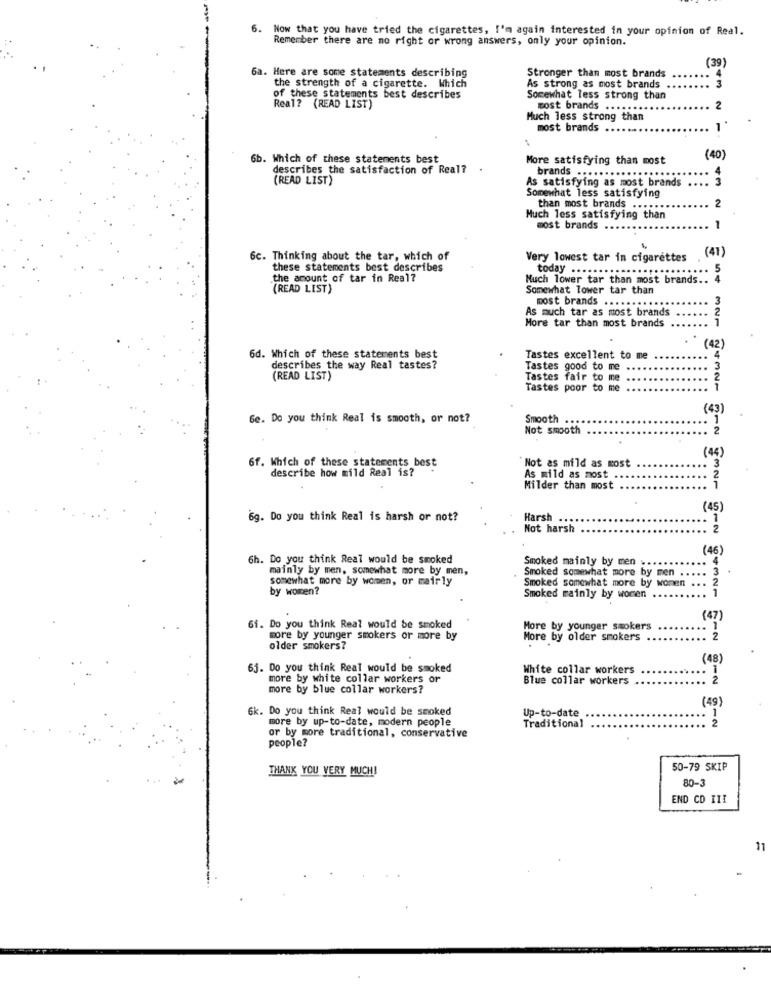
6.
Now that you have tried the cigarettes, I'm again interested in your opinion of Real.
Remember there are no right or wrong answers, only your opinion.
(39)
Stronger than most brands
6a. Here are some statements describing
the strength of a cigarette. Which
As strong as most brands
of these statements best describes
Somewhat less strong than
Real? (READ LIST)
most brands ........
Much less strong than
most brands ..
6b. Which of these statements best
More satisfying than most
(40)
describes the satisfaction of Real?
brands .....
(READ LIST)
As satisfying as most brands ....
Somewhat less satisfying
2
than most brands ......
Much less satisfying than
most brands ...
(41)
6c. Thinking about the tar, which of
Very lowest tar in cigarettes
these statements best describes
today
the amount of tar in Real?
Much lower tar than most brands ..
(READ LIST)
Somewhat Tower tar than
54
most brands ... ..
As much tar as most brands
More tar than most brands
1
(42)
6d. Which of these statements best
Tastes excellent to me
4
describes the way Real tastes?
Tastes good to me
3
(READ LIST)
Tastes fair to
2
Tastes poor to me
(43)
Ge. Do you think Real is smooth, or not?
Smooth
1
Not smooth
2
(44)
6f. Which of these statements best
describe how mild Real is?
"Not as mild as most
.3
As mild as most
2
Milder than most
1
(45)
6g. Do you think Real is harsh or not?
Harsh
1
Not harsh
2
(46)
6h. Do you think Real would be smoked
Smoked mainly by men ...
. 4
mainly by men, somewhat more by men,
Smoked somewhat more by men
somewhat more by women, or mairly
Smoked somewhat more by women
.. . 2
by women?
Smoked mainly by women
(47)
61. Do you think Real would be smoked
More by younger smokers
more by younger smokers or more by
More by older smokers
2
older smokers?
(48)
63. Do you think Real would be smoked
White collar workers
1
more by white collar workers or
Blue collar workers
2
more by blue collar workers?
(49)
6k. Do you think Real would be smoked
Up-to-date
more by up-to-date, modern people
2
Traditional
or by more traditional, conservative
people?
THANK YOU VERY MUCH!
50-79 SKIP
80-
END CD III
11